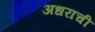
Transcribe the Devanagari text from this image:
अधराची